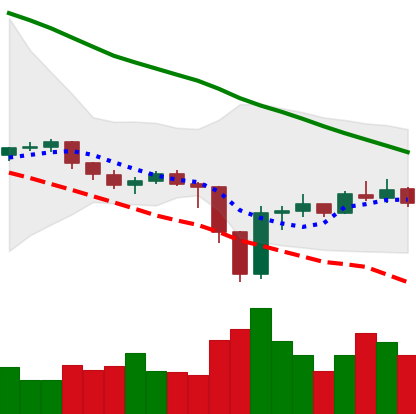
Ticker: EOS-USD
Chart end date: 2019-12-25
Forward return: 5.547%
Label: up_5_7